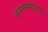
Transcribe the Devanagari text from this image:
कन्यासम्प्रयुक्तकम्